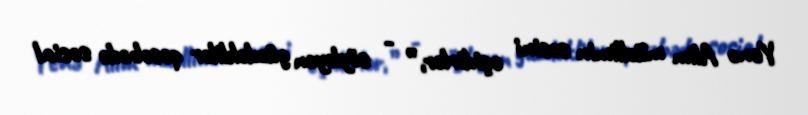
Yenə Alim müəllimin səsini eşidirlər,” - söyləyən güzdəklilər qəsəbədə sosial